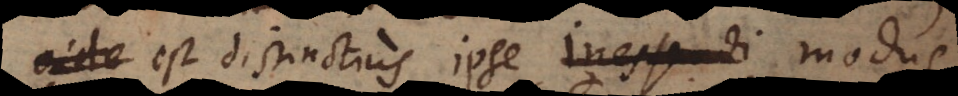
est distinctius ipse inessendi modus